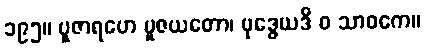
၁၉၅။ ပူဇာရဟေ ပူဇယတော၊ ဗုဒ္ဓေယဒိ ဝ သာဝကေ။